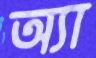
অ্যা